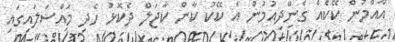
އާއްމުން ކޭކެއް ގެންދިއުމުން އެ ކޭކު ކާން ކާޖަލް ދެކޮޅު ހެދި މައްސަލައިގައި